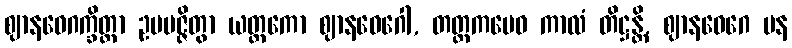
ဈာနဝေဂက္ခိတ္တာ ဥပပဇ္ဇိတွာ ယတ္တကော ဈာနဝေဂေါ, တတ္တကမေဝ ကာလံ တိဋ္ဌန္တိ, ဈာနဝေဂေ ပန